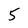
Character: 5